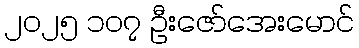
၂၀၂၅ ၁၀၇ ဦးဇော်အေးမောင်